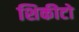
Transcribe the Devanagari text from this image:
शिकीटो